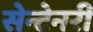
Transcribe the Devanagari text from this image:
सेन्टेनरी